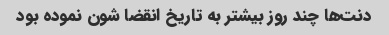
دنت‌ها چند روز بیشتر به تاریخ انقضا شون نموده بود